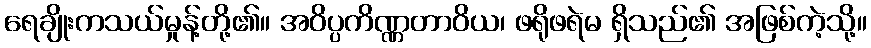
ရေချိုးကသယ်မှုန့်တို့၏။ အဝိပ္ပကိဏ္ဏတာဝိယ၊ ဖရိုဖရဲမ ရှိသည်၏ အဖြစ်ကဲ့သို့။